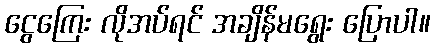
ငွေကြေး လိုအပ်ရင် အချိန်မရွေး ပြောပါ။